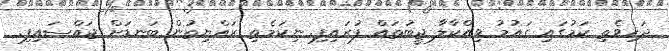
ދަހިވެތި ކަމުގައި ގައުމު ވިއްކާލާ ޖީބުތައް ފުރައިފި. ނިކަމެތި ރައްޔިތުން ބަނޑަށް ޖައްސައިފި.